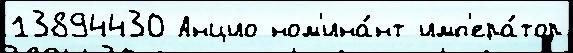
13894430 Анцио ном'ина́нт имп'ера́тор